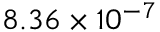
8 . 3 6 \times 1 0 ^ { - 7 }